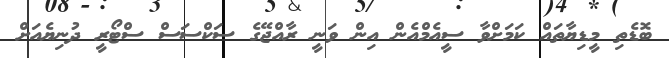
ބޮޑެތި މީޑިޔާތައް ކަމަށްވާ ސީއެމްއެން އިން ވަނީ ރާއްޖޭގެ ސަކްސަސް ސްޓޯރީ ދުނިޔެއަށް